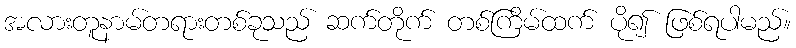
အလားတူနာမ်တရားတစ်ခုသည် ဆက်တိုက် တစ်ကြိမ်ထက် ပို၍ ဖြစ်ရပါမည်။